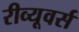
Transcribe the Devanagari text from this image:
रीव्यूवर्स